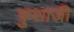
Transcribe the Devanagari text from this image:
कुशाजी